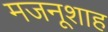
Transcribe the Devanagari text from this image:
मजनूशाह